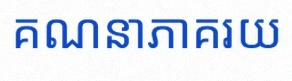
គណនាភាគរយ